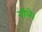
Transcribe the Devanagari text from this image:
गीले।